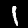
Digit: 1